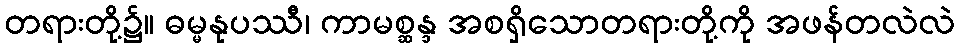
တရားတို့၌။ ဓမ္မနုပဿီ၊ ကာမစ္ဆန္ဒ အစရှိသောတရားတို့ကို အဖန်တလဲလဲ